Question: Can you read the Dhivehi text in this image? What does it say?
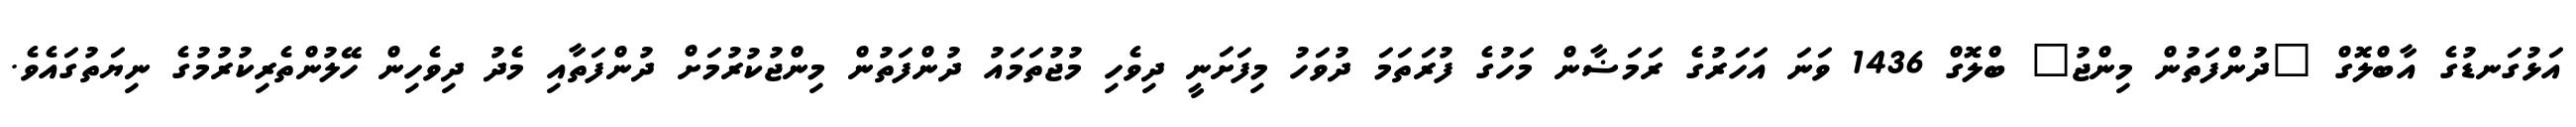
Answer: އަޅުގަނޑުގެ އާބްލޮގް "ދުންފަތުން މިންޖު" ބްލޮގް 1436 ވަނަ އަހަރުގެ ރަމަޟާން މަހުގެ ފުރަތަމަ ދުވަހު މިފަށަނީ ދިވެހި މުޖުތަމައު ދުންފަތުން މިންޖުކުރުމަށް ދުންފަތާއި މެދު ދިވެހިން ހޭލުންތެރިކުރުމުގެ ނިޔަތުގައެވެ.